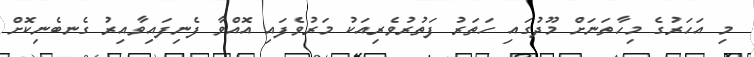
މި އަހަރުގެ މިހާތަނަށް މޫދުގައި ހަތަރު ފަތުރުވެރިއަކު މަރުވެފައި އޮއްވާ ފެނިފައިވާއިރު ގެނބެނިކޮށް